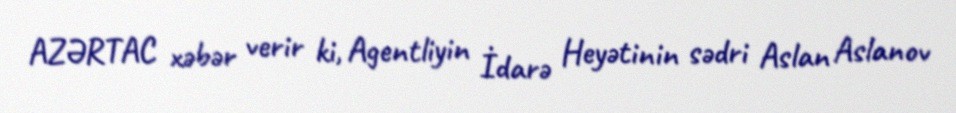
AZƏRTAC xəbər verir ki, Agentliyin İdarə Heyətinin sədri Aslan Aslanov